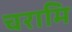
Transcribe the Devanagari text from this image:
चरामि